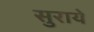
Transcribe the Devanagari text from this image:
सुराये